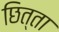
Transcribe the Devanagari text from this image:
छित्ता